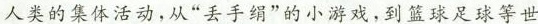
人类的集体活动，从”丢手绢”的小游戏，到篮球足球等世